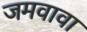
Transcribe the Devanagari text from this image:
जमवावा